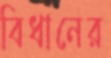
বিধানের